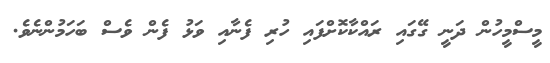
މީސްމީހުން ދަނީ ގޭގައި ރައްކާކޮށްފައި ހުރި ފެނާއި ވަޅު ފެން ވެސް ބަހަމުންނެވެ.